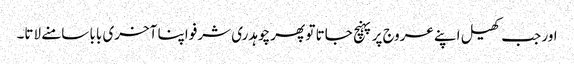
اور جب کھیل اپنے عروج پر پہنچ جاتا تو پھر چوہدری شرفو اپنا آخری بابا سامنے لاتا۔